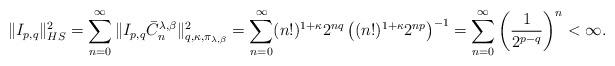
LaTeX: \begin{align*}\|I_{p,q}\|_{HS}^{2}=\sum_{n=0}^{\infty}\|I_{p,q}\bar{C}_{n}^{\lambda,\beta}\|_{q,\kappa,\pi_{\lambda,\beta}}^{2} & =\sum_{n=0}^{\infty}(n!)^{1+\kappa}2^{nq}\left((n!)^{1+\kappa}2^{np}\right)^{-1}=\sum_{n=0}^{\infty}\left(\frac{1}{2^{p-q}}\right)^{n}<\infty.\end{align*}